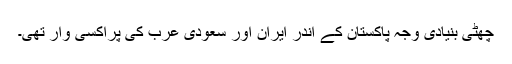
چھٹی بنیادی وجہ پاکستان کے اندر ایران اور سعودی عرب کی پراکسی وار تھی۔